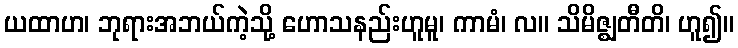
ယထာဟ၊ ဘုရားအဘယ်ကဲ့သို့ ဟောသနည်းဟူမူ၊ ကာမံ၊ လ။ သိမိဇ္ဈတီတိ၊ ဟူ၍။